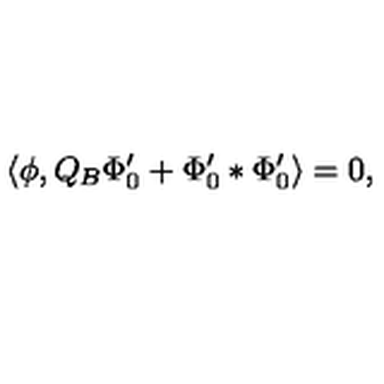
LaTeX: \langle \phi , Q _ { B } \Phi _ { 0 } ^ { \prime } + \Phi _ { 0 } ^ { \prime } * \Phi _ { 0 } ^ { \prime } \rangle = 0 ,